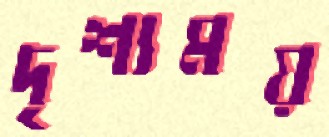
দৃশ্যময়